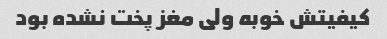
کیفیتش خوبه ولی مغز پخت نشده بود